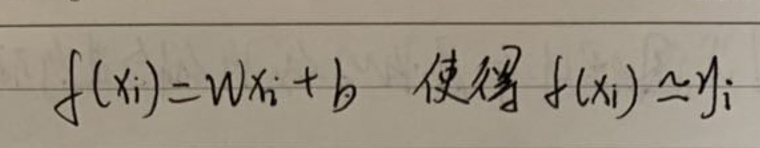
$f(x_i)=Wx_i + b \quad $使得$ \quad f(x_i) \simeq y_i$